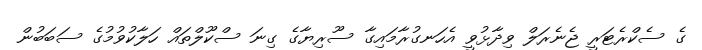
ގެ ސެކްރެޓަރީ ޖެނެރަލް ވިދާޅުވީ އެހަނގުރާމައިގާ ސޫރިޔާގެ ގިނަ ސްކޫލްތައް ހަލާކުވުމުގެ ސަބަބުން